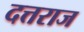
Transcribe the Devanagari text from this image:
दत्तराज